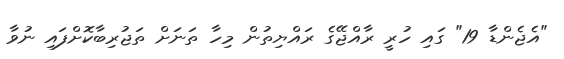
"އެޖެންޑާ 19" ގައި ހުރީ ރާއްޖޭގެ ރައްޔިތުން މިހާ ތަނަށް ތަޖުރިބާކޮށްފައި ނުވާ